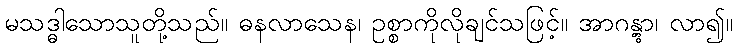
မသဒ္ဓါသောသူတို့သည်။ ဓနလာသေန၊ ဥစ္စာကိုလိုချင်သဖြင့်။ အာဂန္တွာ၊ လာ၍။